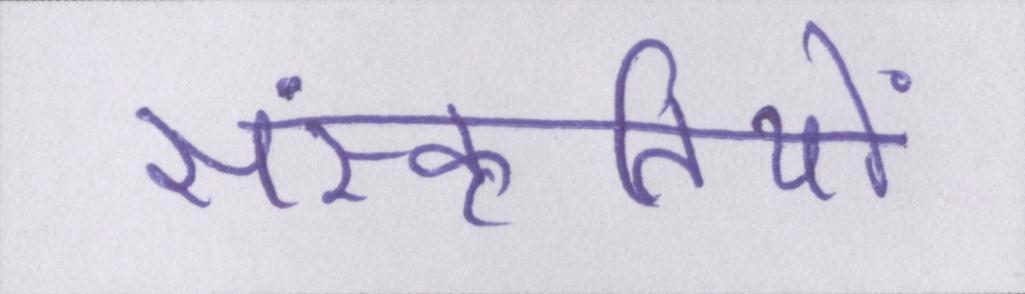
संस्कृतियों